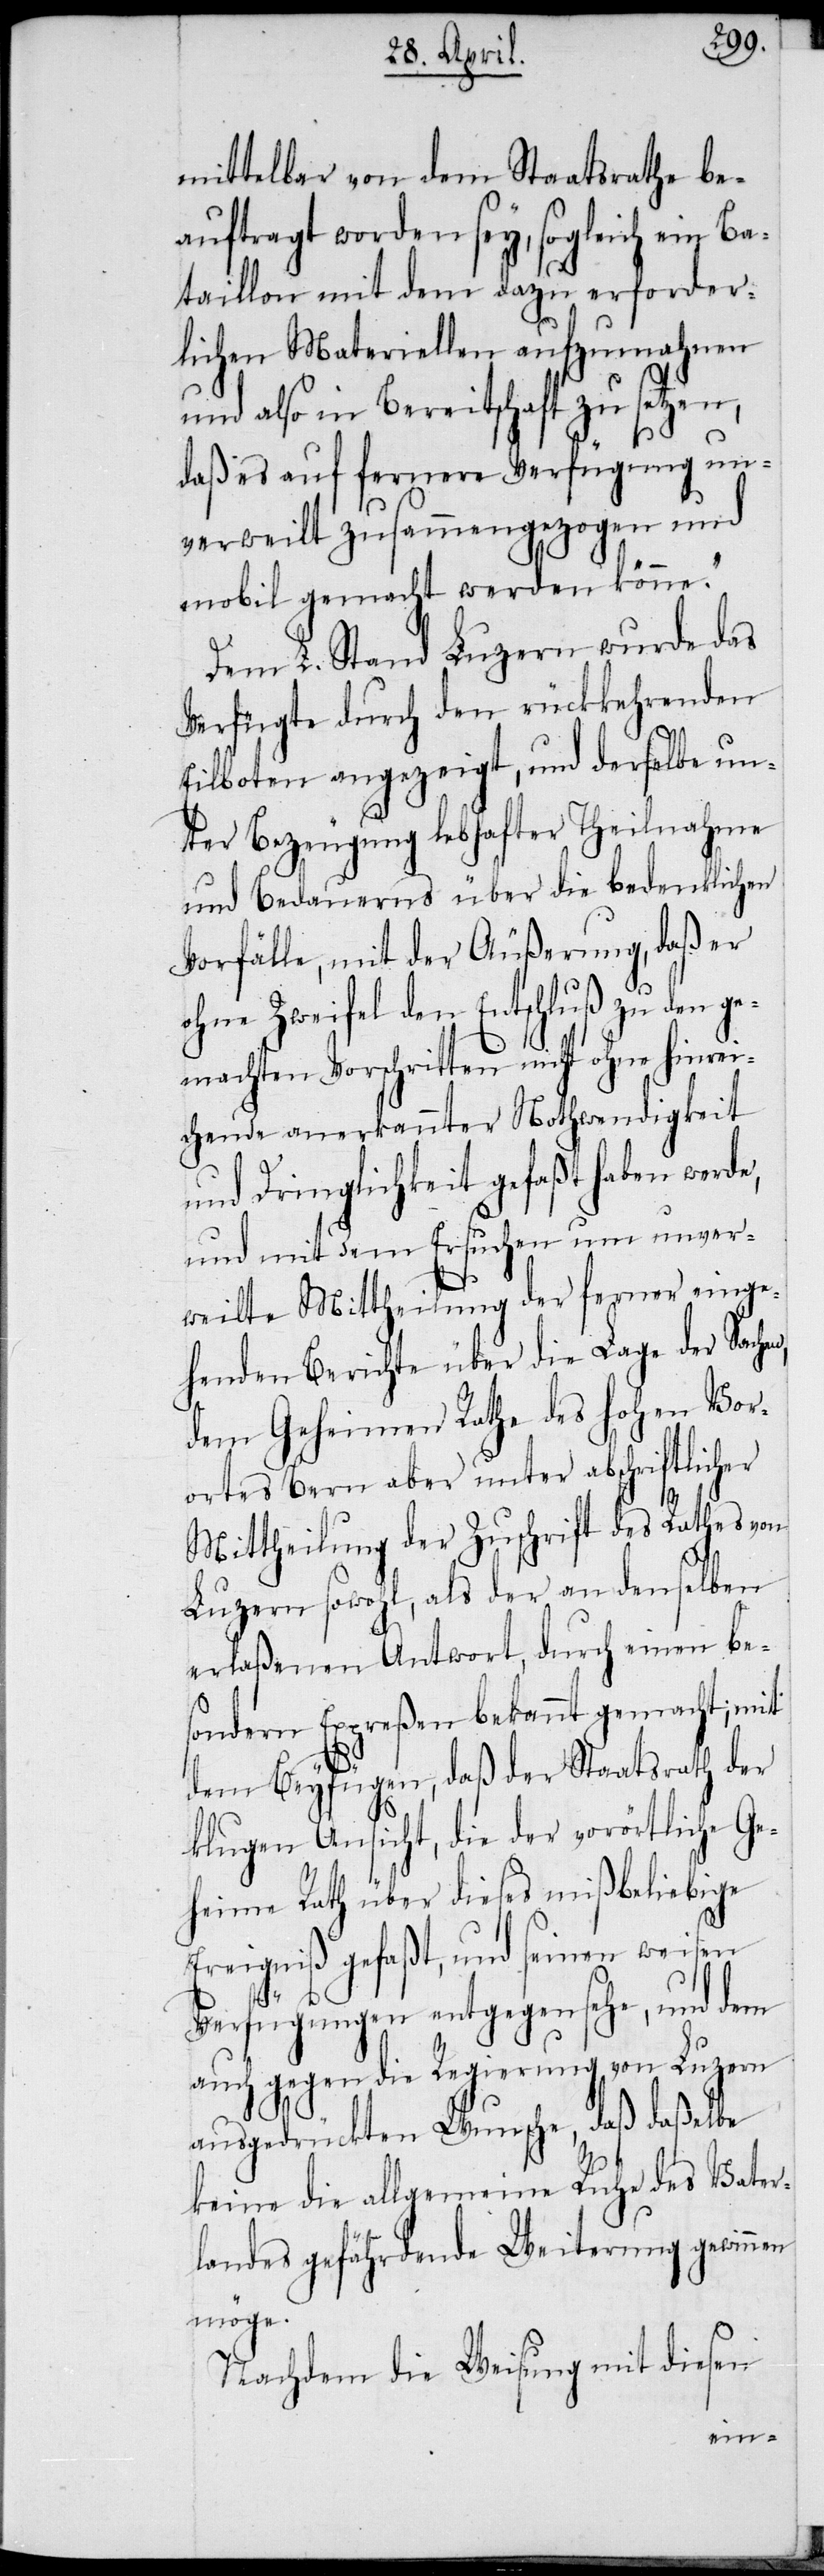
mittelbar von dem Staatsrathe be¬
auftragt worden sey, sogleich ein Ba¬
taillon mit dem dazu erforder¬
lichen Materiellen aufzumahnen
und also in Bereitschaft zu setzen,
daß es auf fernere Verfügung un¬
verweilt zusammengezogen und
mobil gemacht werden könne.“
Dem L. Stand Luzern wurde das
Verfügte durch den rückkehrenden
Eilboten angezeigt, und derselbe un¬
ter Bezeugung lebhafter Theilnahme
und Bedauerns über die bedenklichen
Vorfälle, mit der Äußerung, daß er
ohne Zweifel den Entschluß zu den ge¬
machten Vorschritten nicht ohne hinrei¬
chende anerkannter Nothwendigkeit
und Dringlichkeit gefaßt haben werd¬
und mit dem Ersuchen um unver¬
weilte Mittheilung der ferner einge¬
henden Berichte über die Lage der Sache¬
dem Geheimen Rathe des hohen Vor¬
ortes Bern aber unter abschriftlicher
Mittheilung der Zuschrift des Rathes von
Luzern sowohl, als der an denselben
erlaßenen Antwort, durch einen bes¬
ondern Expreßen bekannt gemacht; mit
dem Beyfügen, daß der Staatsrath der
klugen Ansicht, die der vorörtliche Ge¬
heime Rath über dieses mißbeliebige
Ereigniß gefaßt, und seinen weisen
n,
Verfügungen entgegensehe, und dem
auch gegen die Regierung von Luzern
ausgedrückten Wunsche, daß daßelbe
keine die allgemeine Ruhe des Vater¬
landes gefährdende Weiterung gewinnen
möge.
Nachdem die Weisung mit diesen